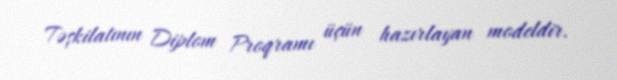
Təşkilatının Diplom Proqramı üçün hazırlayan modeldir.